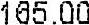
165.00